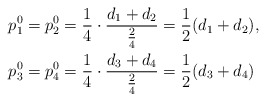
\begin{align*}p^{0}_{1} &= p^{0}_{2} = \frac{1}{4} \cdot \dfrac{d_{1} + d_{2}}{\frac{2}{4}} = \frac{1}{2} (d_{1} + d_{2}), \\ p^{0}_{3} &= p^{0}_{4} = \frac{1}{4} \cdot \dfrac{d_{3} + d_{4}}{ \frac{2}{4}} = \frac{1}{2} (d_{3} + d_{4})\end{align*}